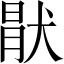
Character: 猒